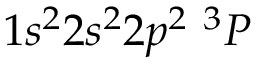
1 s ^ { 2 } 2 s ^ { 2 } 2 p ^ { 2 } \ ^ { 3 } P